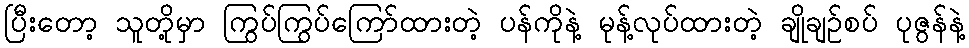
ပြီးတော့ သူတို့မှာ ကြွပ်ကြွပ်ကြော်ထားတဲ့ ပန်ကိုနဲ့ မုန့်လုပ်ထားတဲ့ ချိုချဉ်စပ် ပုဇွန်နဲ့